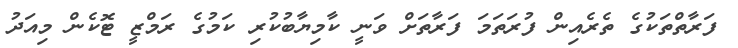
ފަރާތްތަކުގެ ތެރެއިން ފުރަތަމަ ފަރާތަށް ވަނީ ކާމިޔާބުކުރި ކަމުގެ ރަމްޒީ ޓޮކެން މިއަދު